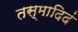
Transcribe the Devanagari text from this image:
तस्मादिदं